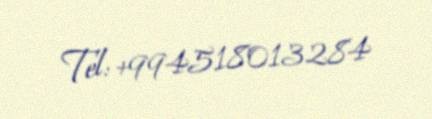
Tel: +994518013284